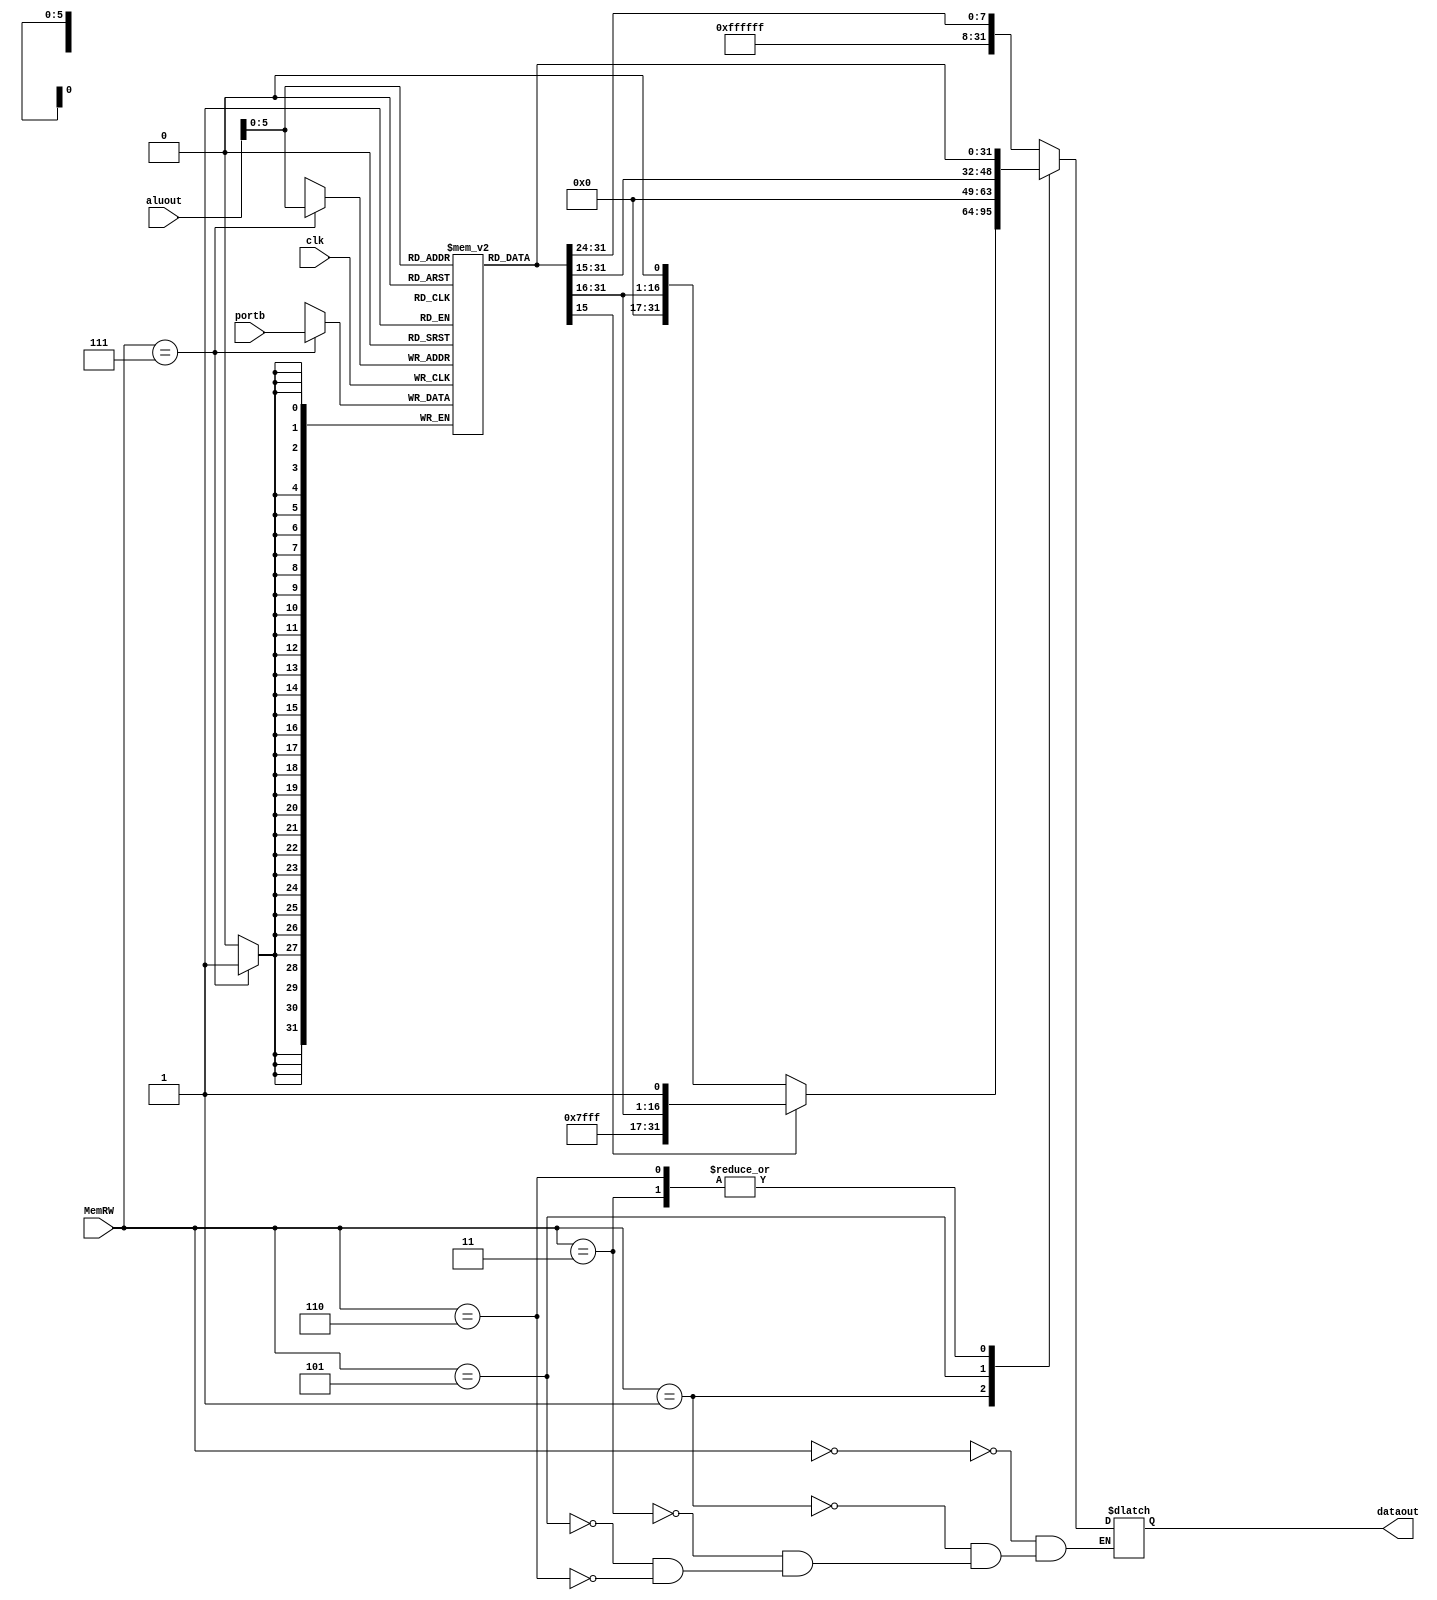
module datamemory#(parameter DWIDTH=32,
    parameter AWIDTH=32)
(input [DWIDTH-1:0] aluout,
input[2:0] MemRW,
input [DWIDTH-1:0] portb,
input clk,
output [DWIDTH-1:0] dataout);
reg [DWIDTH-1:0] memory[2*AWIDTH-1:0];
reg [31:0] dataout1;
wire [31:0] temp;
assign temp=memory[aluout];
always@(posedge clk)
begin
if(MemRW==3'b111)
begin
memory[aluout]=portb;
end
end
always@(*)
begin
case(MemRW)
3'b000:
begin
dataout1=temp[7]?{{24{1'b1}},temp[31:24]}:{{24{1'b1}},temp[31:24]};
end
3'b001:
dataout1=temp[15]?{{16{1'b1}},temp[31:15]}:{{16{1'b0}},temp[31:15]};
3'b011:
dataout1=temp;
3'b101:
dataout1={{16{1'b0}},temp[31:15]};
3'b110:
dataout1=temp;
endcase
end
assign dataout=dataout1;
endmodule